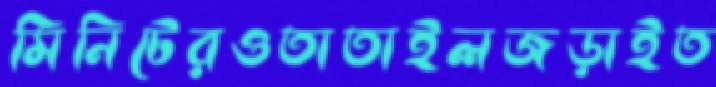
মিনিটেরওতাতাইলজড়াইত